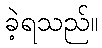
ခဲ့ရသည်။